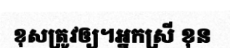
ខុសត្រូវឲ្យ។អ្នកស្រី ខុន